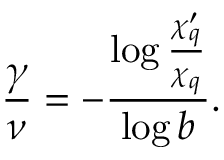
\frac { \gamma } { \nu } = - \frac { \log \frac { \chi _ { q } ^ { \prime } } { \chi _ { q } } } { \log b } .